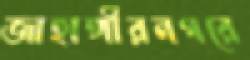
জাহাঙ্গীরনগরে